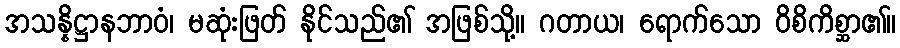
အသန္နိဋ္ဌာနဘာဝံ၊ မဆုံးဖြတ် နိုင်သည်၏ အဖြစ်သို့။ ဂတာယ၊ ရောက်သော ဝိစိကိစ္ဆာ၏။